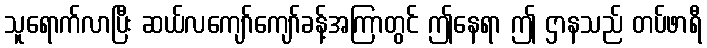
သူရောက်လာပြီး ဆယ်လကျော်ကျော်ခန့်အကြာတွင် ဤနေရာ ဤ ဌာနသည် တပ်ဖာရီ